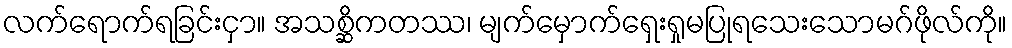
လက်ရောက်ရခြင်းငှာ။ အသစ္ဆိကတဿ၊ မျက်မှောက်ရှေးရှုမပြုရသေးသောမဂ်ဖိုလ်ကို။